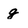
Character: g